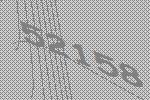
52158